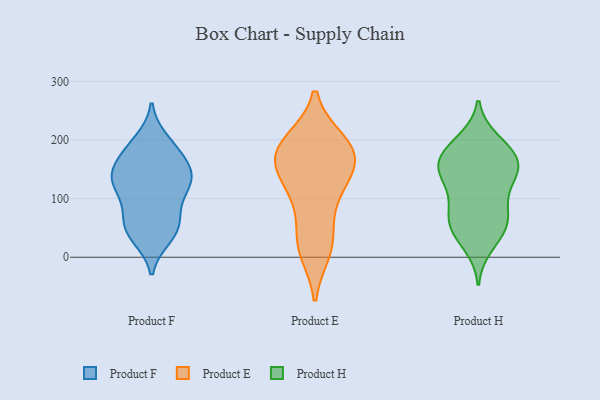
{"axis": {"x": "Net Income (USD K)", "y": "Value"}, "legend": ["Product E", "Product F", "Product H"], "data": [{"x": "", "y": 140, "type": "Product F"}, {"x": "", "y": 172, "type": "Product F"}, {"x": "", "y": 34, "type": "Product F"}, {"x": "", "y": 74, "type": "Product F"}, {"x": "", "y": 66, "type": "Product F"}, {"x": "", "y": 45, "type": "Product F"}, {"x": "", "y": 140, "type": "Product F"}, {"x": "", "y": 56, "type": "Product F"}, {"x": "", "y": 190, "type": "Product F"}, {"x": "", "y": 151, "type": "Product F"}, {"x": "", "y": 39, "type": "Product F"}, {"x": "", "y": 120, "type": "Product F"}, {"x": "", "y": 132, "type": "Product F"}, {"x": "", "y": 105, "type": "Product F"}, {"x": "", "y": 137, "type": "Product F"}, {"x": "", "y": 199, "type": "Product F"}, {"x": "", "y": 120, "type": "Product F"}, {"x": "", "y": 178, "type": "Product F"}, {"x": "", "y": 165, "type": "Product E"}, {"x": "", "y": 104, "type": "Product E"}, {"x": "", "y": 147, "type": "Product E"}, {"x": "", "y": 25, "type": "Product E"}, {"x": "", "y": 26, "type": "Product E"}, {"x": "", "y": 193, "type": "Product E"}, {"x": "", "y": 165, "type": "Product E"}, {"x": "", "y": 12, "type": "Product E"}, {"x": "", "y": 187, "type": "Product E"}, {"x": "", "y": 197, "type": "Product E"}, {"x": "", "y": 97, "type": "Product E"}, {"x": "", "y": 141, "type": "Product E"}, {"x": "", "y": 183, "type": "Product E"}, {"x": "", "y": 171, "type": "Product H"}, {"x": "", "y": 46, "type": "Product H"}, {"x": "", "y": 68, "type": "Product H"}, {"x": "", "y": 166, "type": "Product H"}, {"x": "", "y": 58, "type": "Product H"}, {"x": "", "y": 153, "type": "Product H"}, {"x": "", "y": 62, "type": "Product H"}, {"x": "", "y": 165, "type": "Product H"}, {"x": "", "y": 19, "type": "Product H"}, {"x": "", "y": 86, "type": "Product H"}, {"x": "", "y": 127, "type": "Product H"}, {"x": "", "y": 200, "type": "Product H"}, {"x": "", "y": 37, "type": "Product H"}, {"x": "", "y": 128, "type": "Product H"}, {"x": "", "y": 127, "type": "Product H"}, {"x": "", "y": 180, "type": "Product H"}, {"x": "", "y": 156, "type": "Product H"}, {"x": "", "y": 198, "type": "Product H"}, {"x": "", "y": 83, "type": "Product H"}, {"x": "", "y": 149, "type": "Product H"}]}